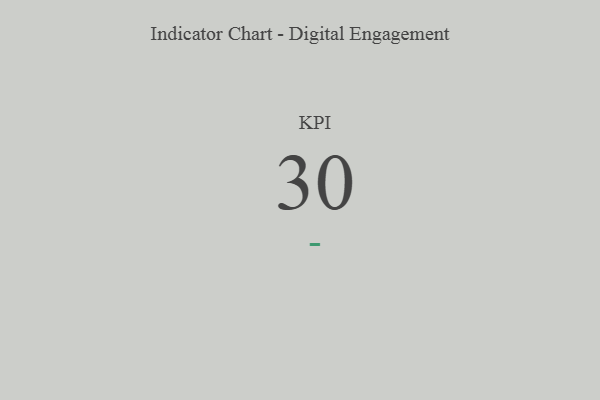
{"axis": {"x": "KPI", "y": "Value"}, "legend": [""], "data": [{"x": "KPI", "y": 30, "type": ""}]}